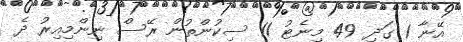
އޭނާ 1 ގަދި 49 މިނެޓު 11 ސިކުންތުން ރޭސް ނިންމިއިރު ދެ